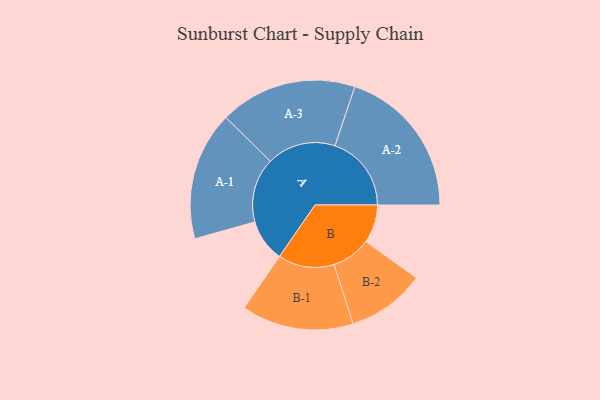
{"axis": {"x": "Segment", "y": "Value"}, "legend": ["", "A", "B"], "data": [{"x": "A", "y": 148, "type": ""}, {"x": "B", "y": 133, "type": ""}, {"x": "A-1", "y": 224, "type": "A"}, {"x": "A-2", "y": 266, "type": "A"}, {"x": "A-3", "y": 239, "type": "A"}, {"x": "B-1", "y": 195, "type": "B"}, {"x": "B-2", "y": 136, "type": "B"}]}